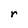
Character: r